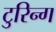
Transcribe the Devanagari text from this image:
टुरिन्ग